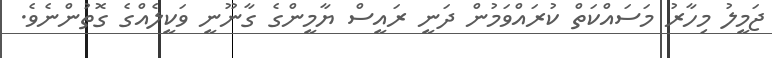
ޖަމީލު މިހާރު މަސައްކަތް ކުރައްވަމުން ދަނީ ރައީސް ޔާމީންގެ ގާނޫނީ ވަކީލެއްގެ ގޮތުންނެވެ.